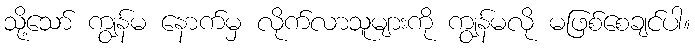
သို့သော် ကျွန်မ နောက်မှ လိုက်လာသူများကို ကျွန်မလို မဖြစ်စေချင်ပါ။